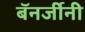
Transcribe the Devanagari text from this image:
बॅनर्जीनी